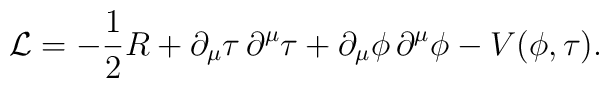
{\cal{L}} =-\frac{1}{2}R + \partial_{\mu}\tau\,\partial^{\mu}\tau+ \partial_{\mu}\phi\,\partial^{\mu}\phi-V(\phi,\tau).